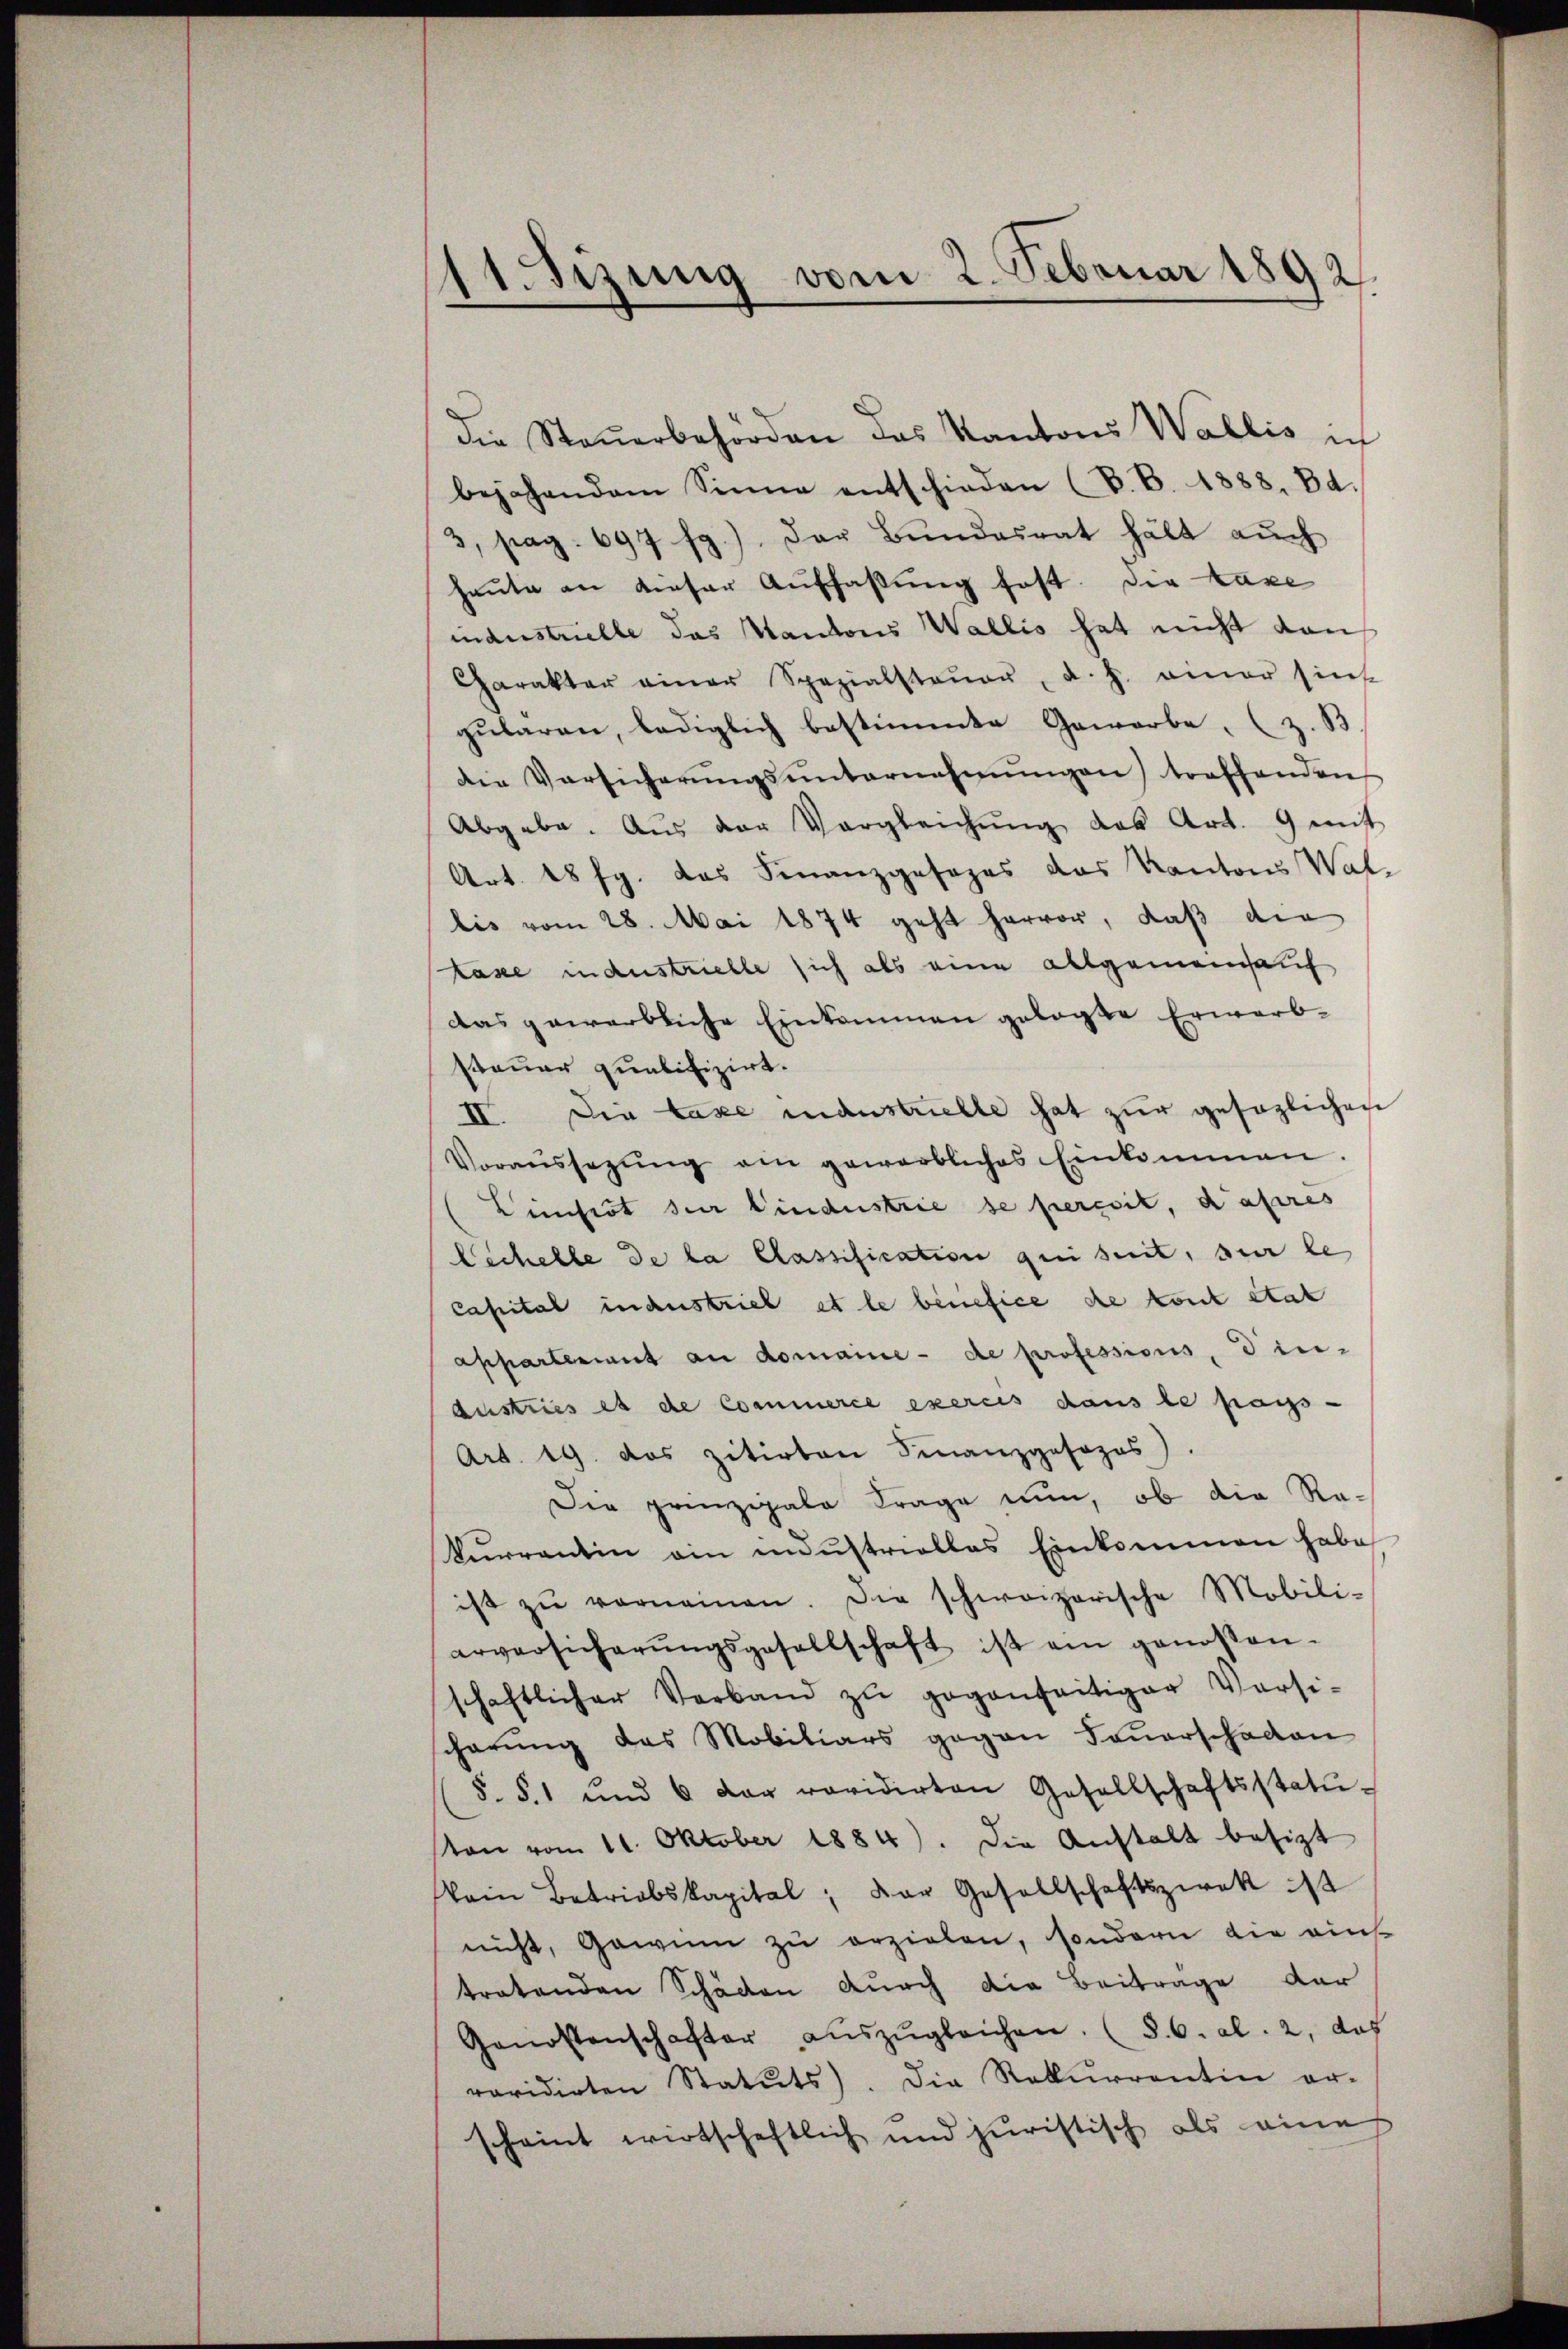
1 Sizung vom 2. Februar 1892.

die Steuerbehörden des Kantons Wallis ich
bejahendem Sinne entschieden (S. B. 1888. Bd.
3, pag. 697 fg.) Der Bŭndesrat hält aŭch
haute an dieser Auffassung fest. Die Laxe
industrielle das Kantons Wallis hat nicht von
Charakter einer Spezialsteŭer, d. h. einer Eins
gularen, lediglich bestimmte Gewerbe (z. B.
die Versicherŭngsŭnternehmungen treffenden
Abgabe. Aus der Vergleichŭng des Art. 9 mit
Art. 18 fg. das Finanzgesezes das Kantons Wal
lis vom 28. Mai 1874 geht hervor, daß die
taxe industrielle sich als eine allgemeinsauf
das gewerbliche Einkommen gelaste Erwarb-
steuer qualifizirt.
II. Die taxe manstrielle hat zur gesezlichen
Voraŭssetzŭng ein gewerbliches Einkommen.
Einsist der Bindustrie se perssit, daheres
lschelle de la Passification qui sent, sur le
Capital industrieb et le benefice de kont état
appartenant an domaine de professions, die-
Austries es de Commerce exerces dans le pass-
Art. 19. das zitirten Finanzposozos).
Die prinzipale Frage nun, ob die Re¬
Kŭrrantin ain industrielles Einkommen habe
ist zŭ verneinen. Die schweizerische Mobili-
erversicherŭngsgesellschaft ist ein genossen-
schaftlicher Verband zŭ gegenseitiger Versi-
cherung des Mobiliars gegen Feuerschaden
§. §. 1 und 6 der revidirten Gesellschaftsstatu-
on vom 11. Oktober 1884). Die Anstalt besizt
kein Betriebskapital, der Gesellschaftszwek ist
nicht, Gawin zŭ erzielen, sondern die eins
tratenden Schäden durch die Beitrage der
Genossenschafter aŭszŭgleichen. (§. 6. Al. 2, das
revidirten Statuts. Die Rekurrentin er-
scheint wirtschaftlich und juristisch als eine